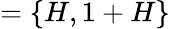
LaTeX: =\{ H,1+H\}